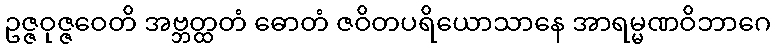
ဥဇ္ဇဝုဇ္ဇဝေတိ အဗ္ဘတ္ထတံ ဓောတံ ဇဝိတပရိယောသာနေ အာရမ္မဏဝိဘာဂေ